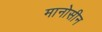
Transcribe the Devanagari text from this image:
मानोसीन